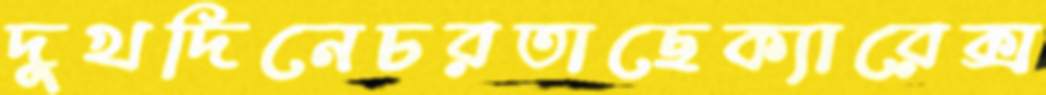
দুখদিনেচরতাছেক্যারেক্স